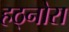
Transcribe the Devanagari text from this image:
हठ्नोरा